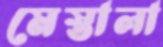
মেস্তালা